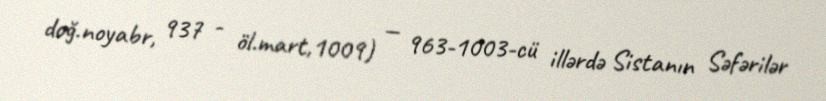
doğ.noyabr, 937 - öl.mart,1009) — 963-1003-cü illərdə Sistanın Səfərilər